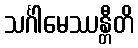
သင်္ဂါမေဿန္တီတိ